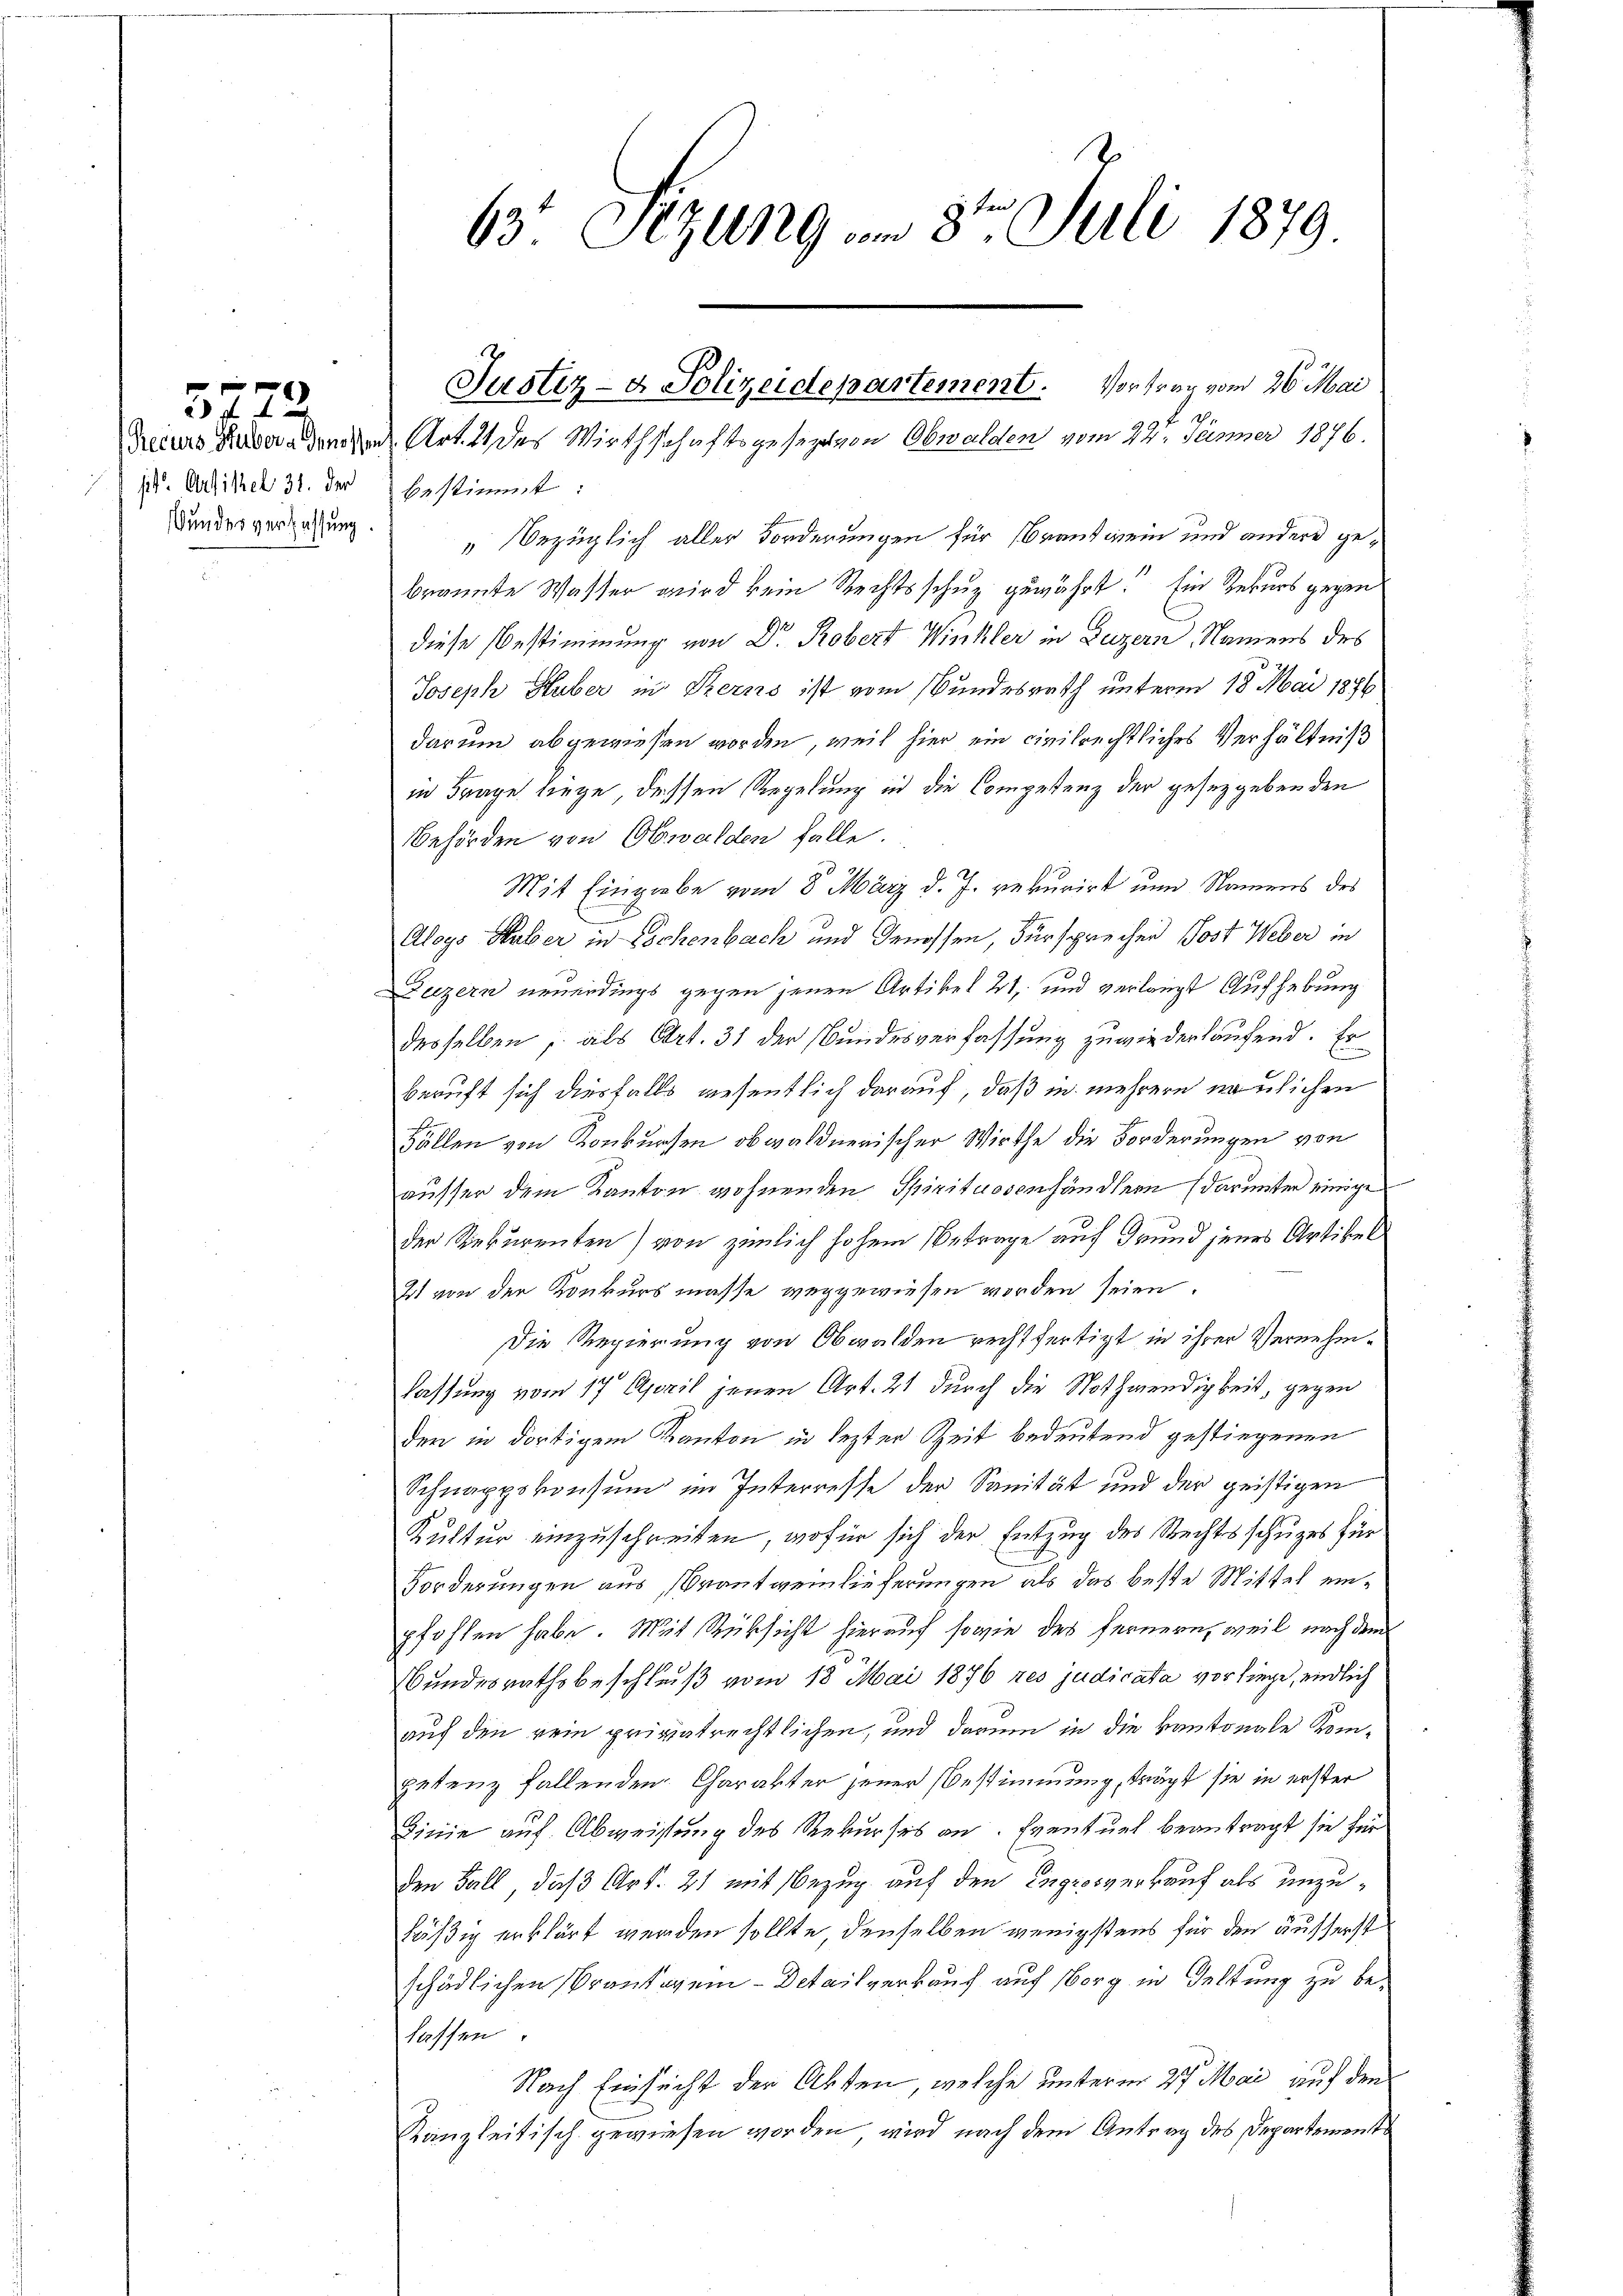
pit. Artikel 31. der
Bundesverfassung.

5772.

63. Sizung . 8ten Juli 1879.

bestimmt:
„Bezüglich aller Forderungen für Brantinein und andere gebrannte Wasser wird kein Rechtsschuz gewährt. Ein Rekurs gegen
diese Bestimmung von Dr. Robert Winkler in Luzern, Namens des
Joseph Huber in Sterns ist vom Bundesrath unterm 18. Mai 1896
darum abgewiesen worden, weil hier ein civilrechtliches Verhältniß
in Frage liege, dessen Regelung in die Competenz der gesetzgebenden
Behörden von Obwalden falle.
Mit Eingiebe vom 8. März d. Js. rekurirt um Namens des
Aloys Haber in Lochenbach und Genossen, Fürsprechen Post Weber in
Zuzern neuerdings gegen jenen Artikel 21, und verlangt Aufhebung
desselben, als Art. 31 der Bundesverfassung zu wiederlaufend. Er
beruft sich diesfalls wesentlich darauf, daß in mehrere neulichen
Fällen von Konkursen obwaldnerischer Wirthe die Forderungen von
ausser dem Kanton wohnenden Spirituosenhändlern (darunter einige
der Rekurenten) von zimlich hohem Betrage auf Grund jenes Artikel
Ist von den Konkursmasse weggewiesen worden seien.
Die Regierung von Obwalden rechtfertigt in ihrer Vernehmlassung vom 17. April jenen Art. 21 durch die Nothwendigkeit, gegen
der in dortigem Kanton in lezter Zeit bedeutend gestiegenen
Schnappskonsum im Interresse der Sanität und der geistigen
Kultur einzuschreiten, wofür sich der Entzug des Rechtsschuzes für
Forderungen aus Brantweinlieferungen als das beste Mittel einpfohlen habe. Mit Rüksicht hierauf sowie des fernern, weil nach dem
Bundesrathsbeschluß vom 18. Mai 1876 res judicata vorliege, endlich
auf den rein privatrechtlichen, und darum in die kantonale Kompetenz fallenden Charakter jener Bestimmung, trägt sie in erster
Linie auf Abweisung des Rekurses an. Eventuel beantragt sie für
den Fall, daß Art. 21 mit Bezug auf den Englosverkauf als unzuläßig erklärt werden sollte, denselben wenigstens für den äusserst
schädlichen Brantagen - Detailverkauf auf sorg in Geltung zu belassen.
Nach Einsicht der Akten, welche unterm 27. Mai auf den
Kanzleitisch gewiesen worden, wird nach dem Antrag des Departement

Justiz- & Polizeidepartement. Vortrag vom 26. Mai
f 1.
Dreiers Husera den Art. 11 des Wirthschaftsgesezt von Obwalden vom 22. Jänner 1876.